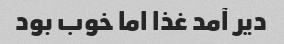
دیر آمد غذا اما خوب بود